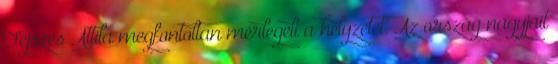
Fejszés Attila megfontoltan mérlegeli a helyzetet. Az ország nagyjait